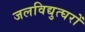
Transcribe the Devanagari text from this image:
जलविद्युत्घरों